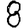
Digit: 8